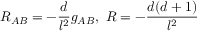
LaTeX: R _ { A B } = - \frac { d } { l ^ { 2 } } g _ { A B } , \, \, R = - \frac { d ( d + 1 ) } { l ^ { 2 } }